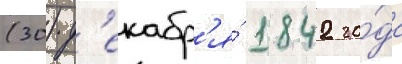
(30) д'екабр'я́ 1842 го́да